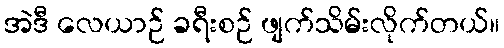
အဲဒီ လေယာဉ် ခရီးစဉ် ဖျက်သိမ်းလိုက်တယ်။